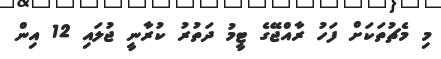
މި މެޗުތަކަށް ފަހު ރާއްޖޭގެ ޓީމު ދަތުރު ކުރާނީ ޖުލައި 12 އިން